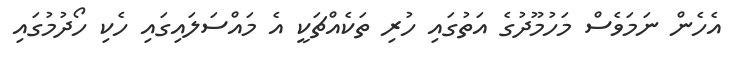
އެހެން ނަމަވެސް މަހުމޫދުގެ އަތުގައި ހުރި ތަކެއްޗަކީ އެ މައްސަލައިގައި ހެކި ހޯދުމުގައި